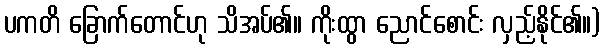
ပကတိ ခြောက်တောင်ဟု သိအပ်၏။ ကိုးထွာ ညောင်စောင်း လှည့်နိုင်၏။)